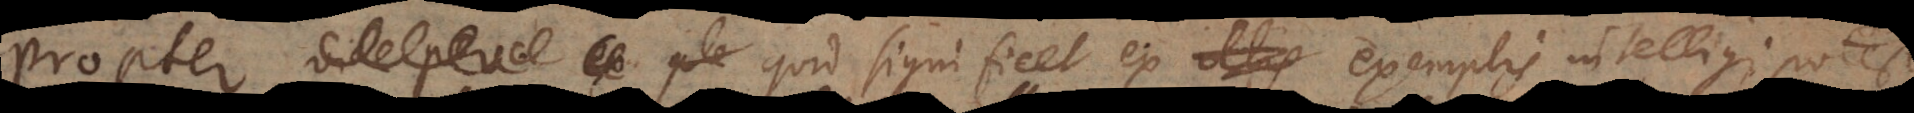
per ex ple quid significet ex exemplis intelligi potest